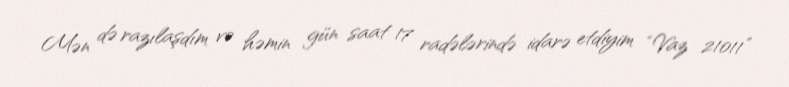
Mən də razılaşdım və həmin gün saat 17 radələrində idarə etdiyim “Vaz 21011”